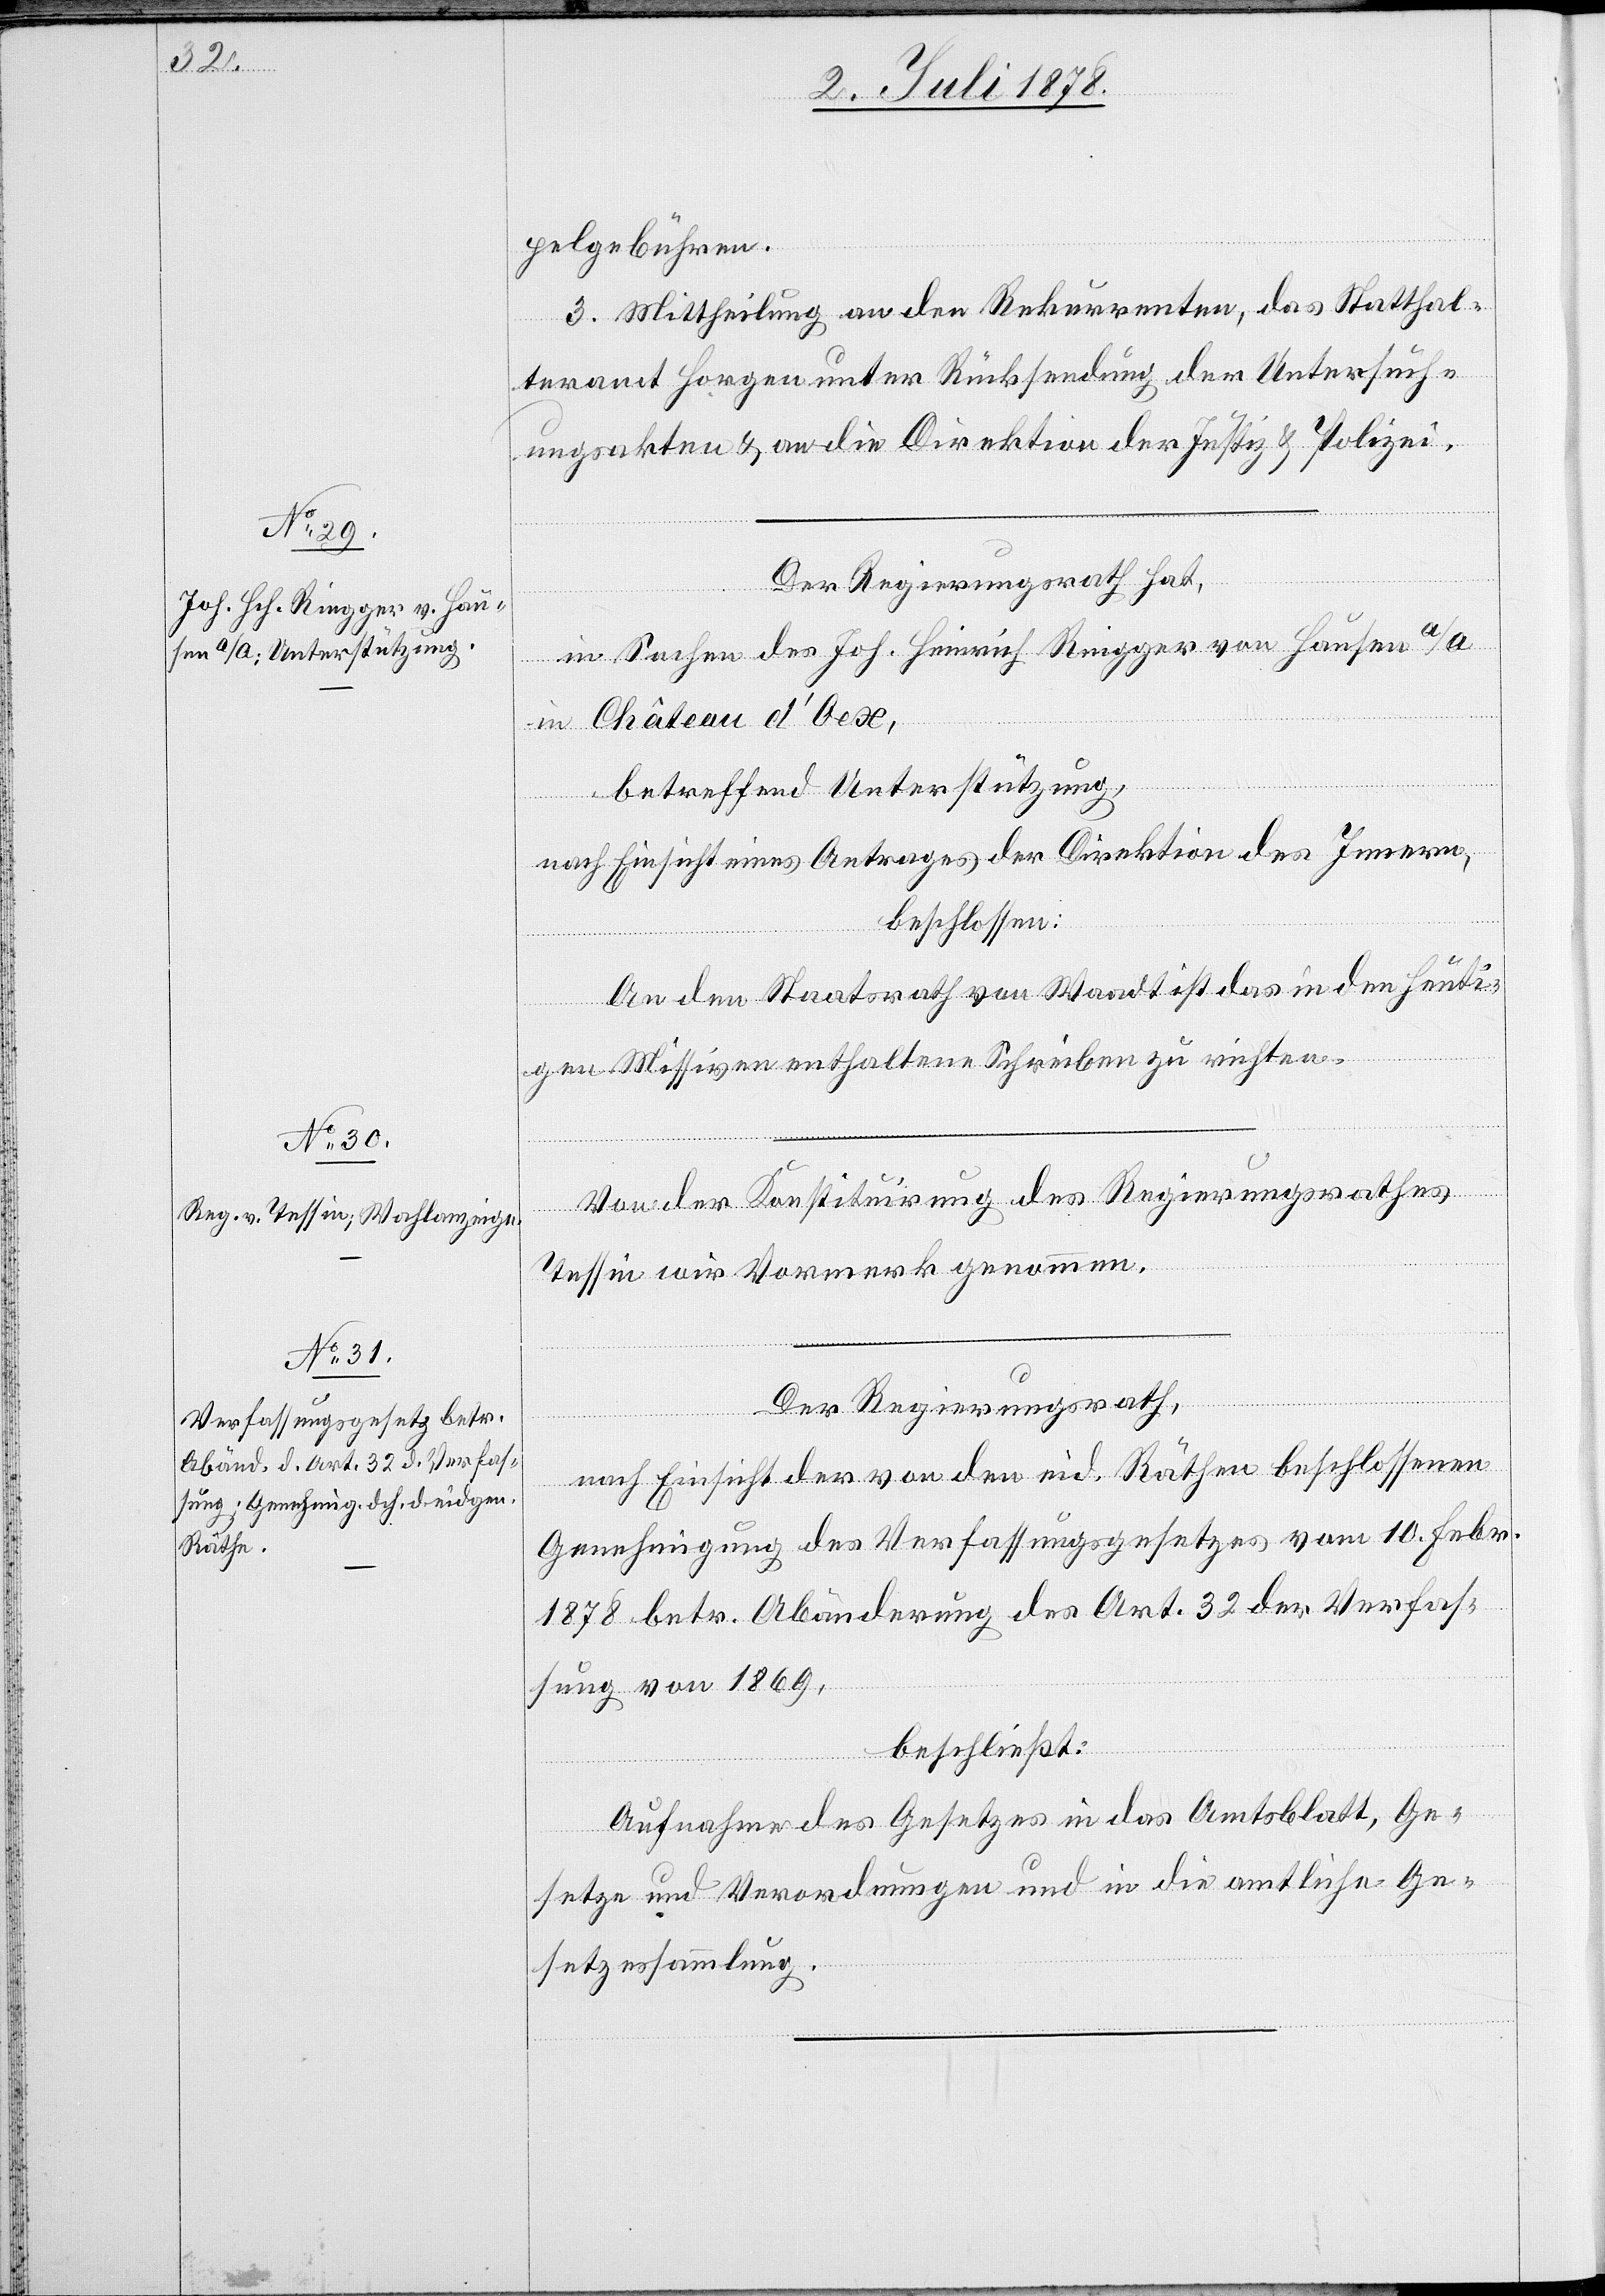
pelgebühren.
3. Mittheilung an den Rekurrenten, das Statthal¬
teramt Horgen unter Rücksendung der Untersuch¬
ungsakten & an die Direktion der Justiz & Polizei.
Der Regierungsrath hat,
in Sachen des Joh. Heinrich Riegger von Hausen a/A
in Château d’Oex,
betreffend Unterstützung,
nach Einsicht eines Antrages der Direktion des Innern,
beschlossen:
An den Staatsrath von Waadt ist das in den heuti¬
gen Missiven enthaltene Schreiben zu richten.
Von der Konstituirung des Regierungsrathes
Tessin wir[d] Vormerk genommen.
Der Regierungsrath,
nach Einsicht der von den eid. Räthen beschlossenen
Genehmigung des Verfassungsgesetzes vom 10. Febr.
1878 betr. Abänderung des Art. 32 der Verfas¬
sung von 1869,
beschließt:
Aufnahme des Gesetzes in das Amtsblatt, Ge¬
setze und Verordnung und in die amtliche Ge¬
setzessammlung.